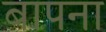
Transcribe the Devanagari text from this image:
बापना